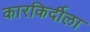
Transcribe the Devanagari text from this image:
कारकिर्दीला